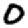
Digit: 0